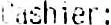
CASHIER: